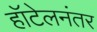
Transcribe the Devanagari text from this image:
हॉटेलनंतर